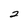
Character: 2